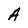
Character: A